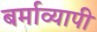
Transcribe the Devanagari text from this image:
बर्माव्यापी